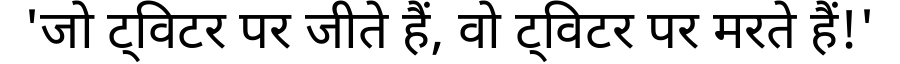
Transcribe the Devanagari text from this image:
'जो ट्विटर पर जीते हैं, वो ट्विटर पर मरते हैं!'